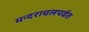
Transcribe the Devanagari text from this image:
मन्दराचलपर्वत